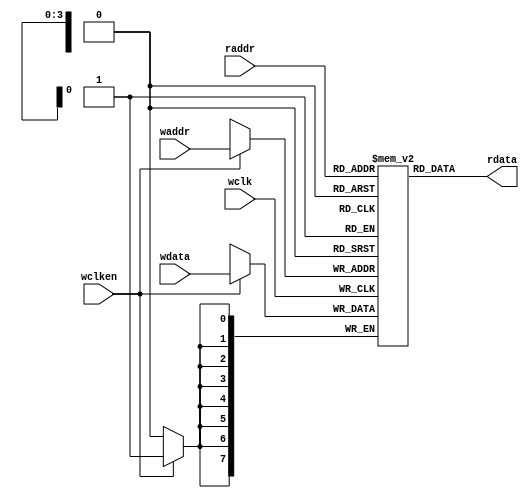
module fifomem 
(
	output [DATASIZE-1:0] rdata,
	input [DATASIZE-1:0] wdata,
	input [ADDRSIZE-1:0] waddr, raddr,
	input wclken, wclk
	);


	parameter DATASIZE = 8; // Memory data word width
	parameter ADDRSIZE = 4; // Number of memory address bits
 
 `ifdef VENDORRAM
 // instantiation of a vendor's dual-port RAM
 VENDOR_RAM MEM (.dout(rdata), .din(wdata),
 .waddr(waddr), .raddr(raddr),
 .wclken(wclken), .clk(wclk));
 `else
 
	reg [DATASIZE-1:0] MEM [0:(1<<ADDRSIZE)-1];
	assign rdata = MEM[raddr];
	always @(posedge wclk)
	if (wclken) MEM[waddr] <= wdata;
	`endif
endmodule